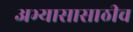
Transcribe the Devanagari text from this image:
अभ्यासासाठीच